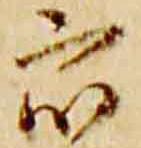
衆